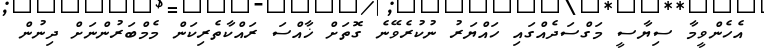
އެހެންވީމާ ސިޔާސީ މަގްސަދެއްގައި ހައްޔަރު ނުކުރެވޭނެ ގޮތަށް ޚާއްސަ ރައްކާތެރިކަން މެމްބަރުންނަށް ދިނުން